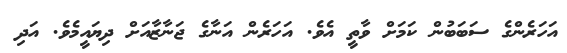
އަހަރެންގެ ސަބަބުން ކަމަށް ވާތީ އެވެ. އަހަރެން އަނާގެ ޖަނާޒާއަށް ދިޔައީމެވެ. އަދި